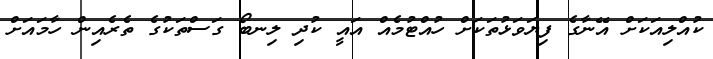
ކުއްލިއަކަށް އޭނާގެ ފިޔަވަޅުތަކަށް ހުއްޓުމެއް އައީ ކުދި ލިނބޯ ގަސްތަކުގެ ތެރެއިން ހާމައަށް